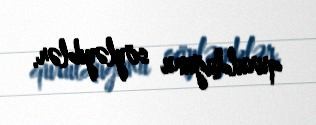
qurulduğunu söyləyiblər.